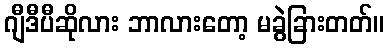
ဂျီဒီပီဆိုလား ဘာလားတော့ မခွဲခြားတတ်။